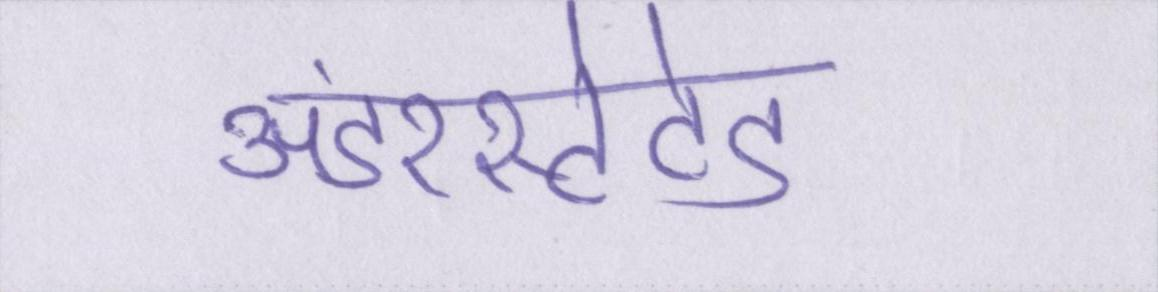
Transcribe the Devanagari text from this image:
अंडरस्टेटेड